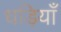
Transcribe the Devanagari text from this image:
धड़ियाँ